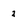
Character: 2